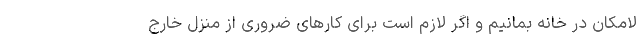
لامکان در خانه بمانیم و اگر لازم است برای کارهای ضروری از منزل خارج